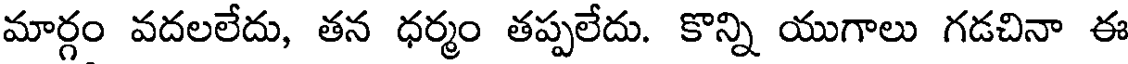
మార్గం వదలలేదు, తన ధర్మం తప్పలేదు. కొన్ని యుగాలు గడచినా ఈ